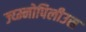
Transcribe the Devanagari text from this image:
ज्य्म्नोपिलीउस